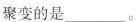
聚变的是__。